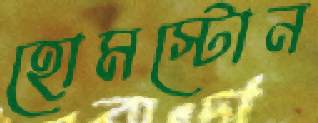
হোমস্টোন